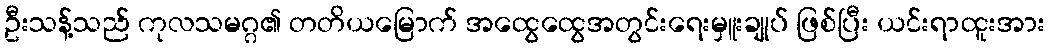
ဦးသန့်သည် ကုလသမဂ္ဂ၏ တတိယမြောက် အထွေထွေအတွင်းရေးမှူးချုပ် ဖြစ်ပြီး ယင်းရာထူးအား